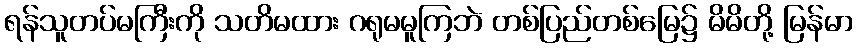
ရန်သူတပ်မကြီးကို သတိမထား ဂရုမမူကြဘဲ တစ်ပြည်တစ်မြေ၌ မိမိတို့ မြန်မာ